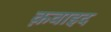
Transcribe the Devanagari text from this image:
क़वाइद